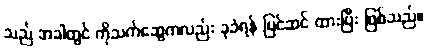
သည် အခါတွင် ကိုသက်ဆွေကလည်း ခုခံရန် ပြင်ဆင် ထားပြီး ဖြစ်သည်။